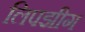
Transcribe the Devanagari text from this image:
लिपझीग